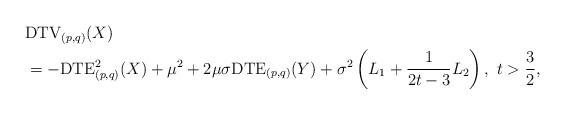
LaTeX: \begin{align*} &\mathrm{DTV}_{(p,q)}(X)\\ &=-\mathrm{DTE}_{(p,q)}^{2}(X)+\mu^{2}+2\mu\sigma\mathrm{DTE}_{(p,q)}(Y)+\sigma^{2}\left(L_{1}+\frac{1}{2t-3}L_{2}\right),~t>\frac{3}{2},\end{align*}